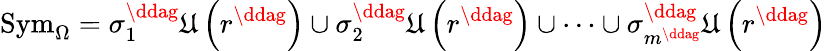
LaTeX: \mathrm{Sym}_{\Omega}=\sigma_{1}^{\ddag}\mathfrak{U}\left(r^{\ddag}\right)\cup\sigma_{2}^{\ddag}\mathfrak{U}\left(r^{\ddag}\right)\cup\cdots\cup\sigma_{m^{\ddag}}^{\ddag}\mathfrak{U}\left(r^{\ddag}\right)